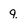
Character: q